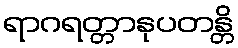
ရာဂရတ္တာနုပတန္တိ